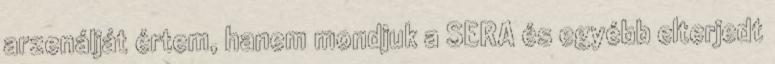
arzenálját értem, hanem mondjuk a SERA és egyébb elterjedt